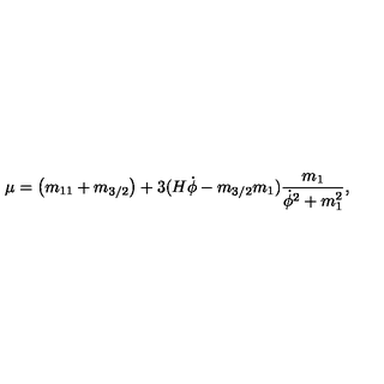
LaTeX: \mu = \left( m _ { 1 1 } + m _ { 3 / 2 } \right) + 3 ( H \dot { \phi } - m _ { 3 / 2 } m _ { 1 } ) \frac { m _ { 1 } } { \dot { \phi } ^ { 2 } + m _ { 1 } ^ { 2 } } ,